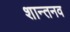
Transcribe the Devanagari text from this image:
शान्तनव